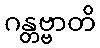
ဂန္တဗ္ဗာတိ